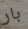
بار